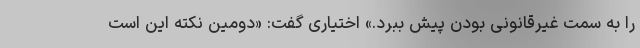
را به سمت غیرقانونی بودن پیش ببرد.» اختیاری گفت: «دومین نکته این است